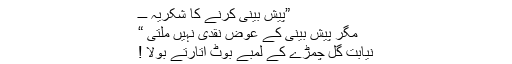
”پیش بینی کرنے کا شکریہ ـــ
مگر پیش بینی کے عوض نقدی نہیں ملتی “
نیابت گل چمڑے کے لمبے بوٹ اتارتے بولا !